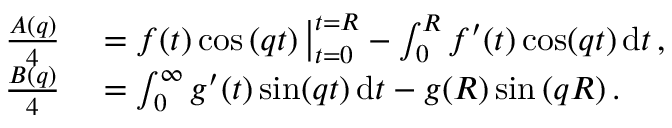
\begin{array} { r l } { \frac { A ( q ) } { 4 } } & { { } = \big . f ( t ) \cos \left( q t \right) \big | _ { t = 0 } ^ { t = R } - \int _ { 0 } ^ { R } f ^ { \prime } ( t ) \cos ( q t ) \, \mathrm { d } t \, , } \\ { \frac { B ( q ) } { 4 } } & { { } = \int _ { 0 } ^ { \infty } g ^ { \prime } ( t ) \sin ( q t ) \, \mathrm { d } t - g ( R ) \sin \left( q R \right) . } \end{array}